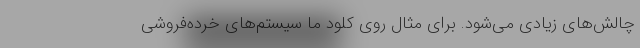
چالش‌های زیادی می‌شود. برای مثال روی کلود ما سیستم‌های خرده‌فروشی